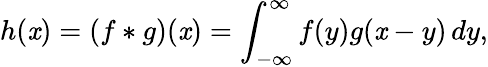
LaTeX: h(\mathit{x})=(f*g)(\mathit{x})=\int_{-\infty}^{\infty}f(y)g(\mathit{x}-y)\, dy,